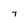
Character: 7